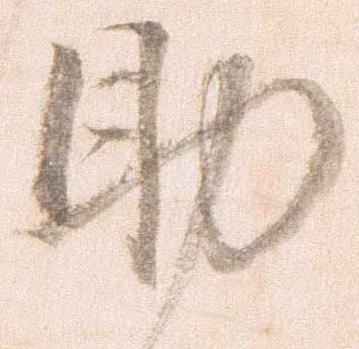
助